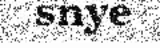
snye